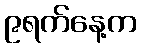
၉ရက်နေ့က